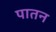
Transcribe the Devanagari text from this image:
पातन